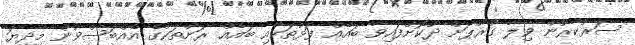
ސަރުކާރުން ވިލާ ގުރޫޕަށް ދޫކޮށްފައިވާ ބައެއްް ފަޅުތަކާއި ބައެއްް ރަށްތަކުގެ އެއްބަސްވުން މިދިޔަ